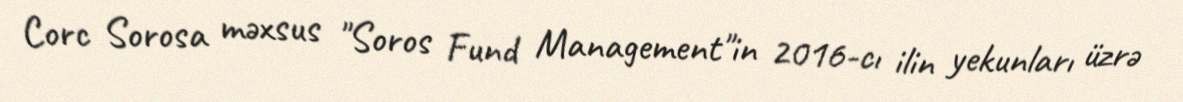
Corc Sorosa məxsus "Soros Fund Management"in 2016-cı ilin yekunları üzrə